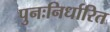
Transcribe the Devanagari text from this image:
पुनःनिर्धारित